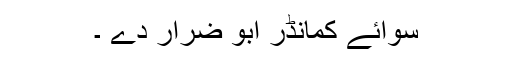
سوائے کمانڈر ابو ضرار دے ۔